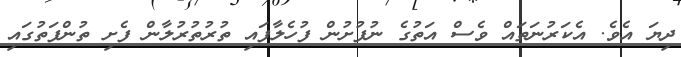
ދިޔަ އެވެ. އެކަރުނަތައް ވެސް އަތުގެ ނުފުށުން ފުހެލާފައި ތުރުތުރުލާން ފެށި ތުންފަތުގައި